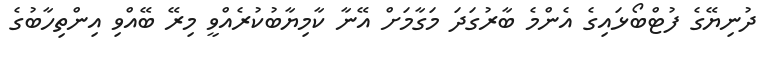
ދުނިޔޭގެ ފުޓްބޯޅައިގެ އެންމެ ބާރުގަދަ މަގާމަށް އޭނާ ކާމިޔާބުކުރެއްވީ މިރޭ ބޭއްވި އިންތިހާބުގެ